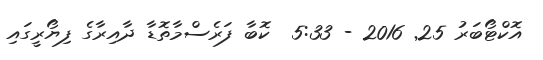
އޮކްޓޯބަރު 25